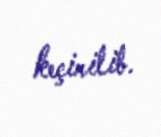
keçirilib.